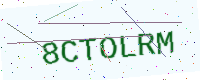
Text: 8CTOLRM